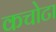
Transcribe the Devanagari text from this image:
कचोटा